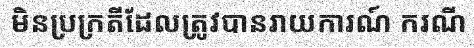
មិនប្រក្រតីដែលត្រូវបានរាយការណ៍ ករណី